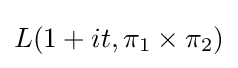
L(1+it,\pi _{1}\times \pi _{2})